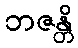
ဘဇန္တိ